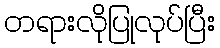
တရားလိုပြုလုပ်ပြီး